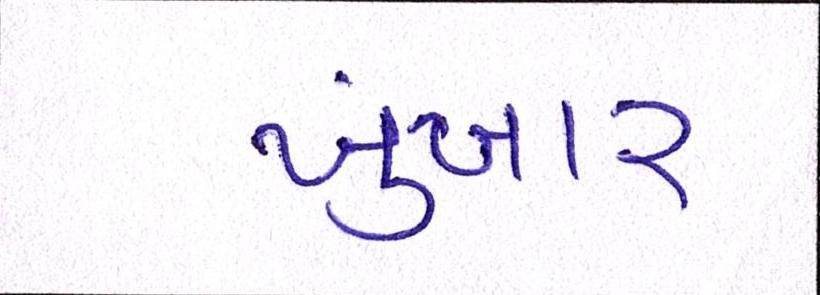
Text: ખુંખાર